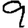
Digit: 9